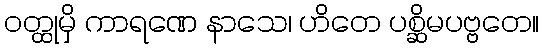
ဝတ္ထုမှိ ကာရဏေ နာသေ၊ ဟိတေ ပစ္ဆိမပဗ္ဗတေ။